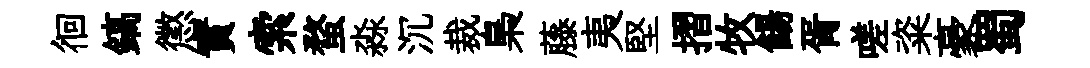
徊鎬懲實索蝥淼沉裁梟藤夷堅摺牧餳胥嗟粢豪蜀